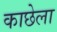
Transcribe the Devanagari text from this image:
काछेला